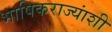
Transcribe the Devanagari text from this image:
भाषिकराज्यांशी